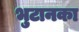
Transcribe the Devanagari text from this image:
भुटानका